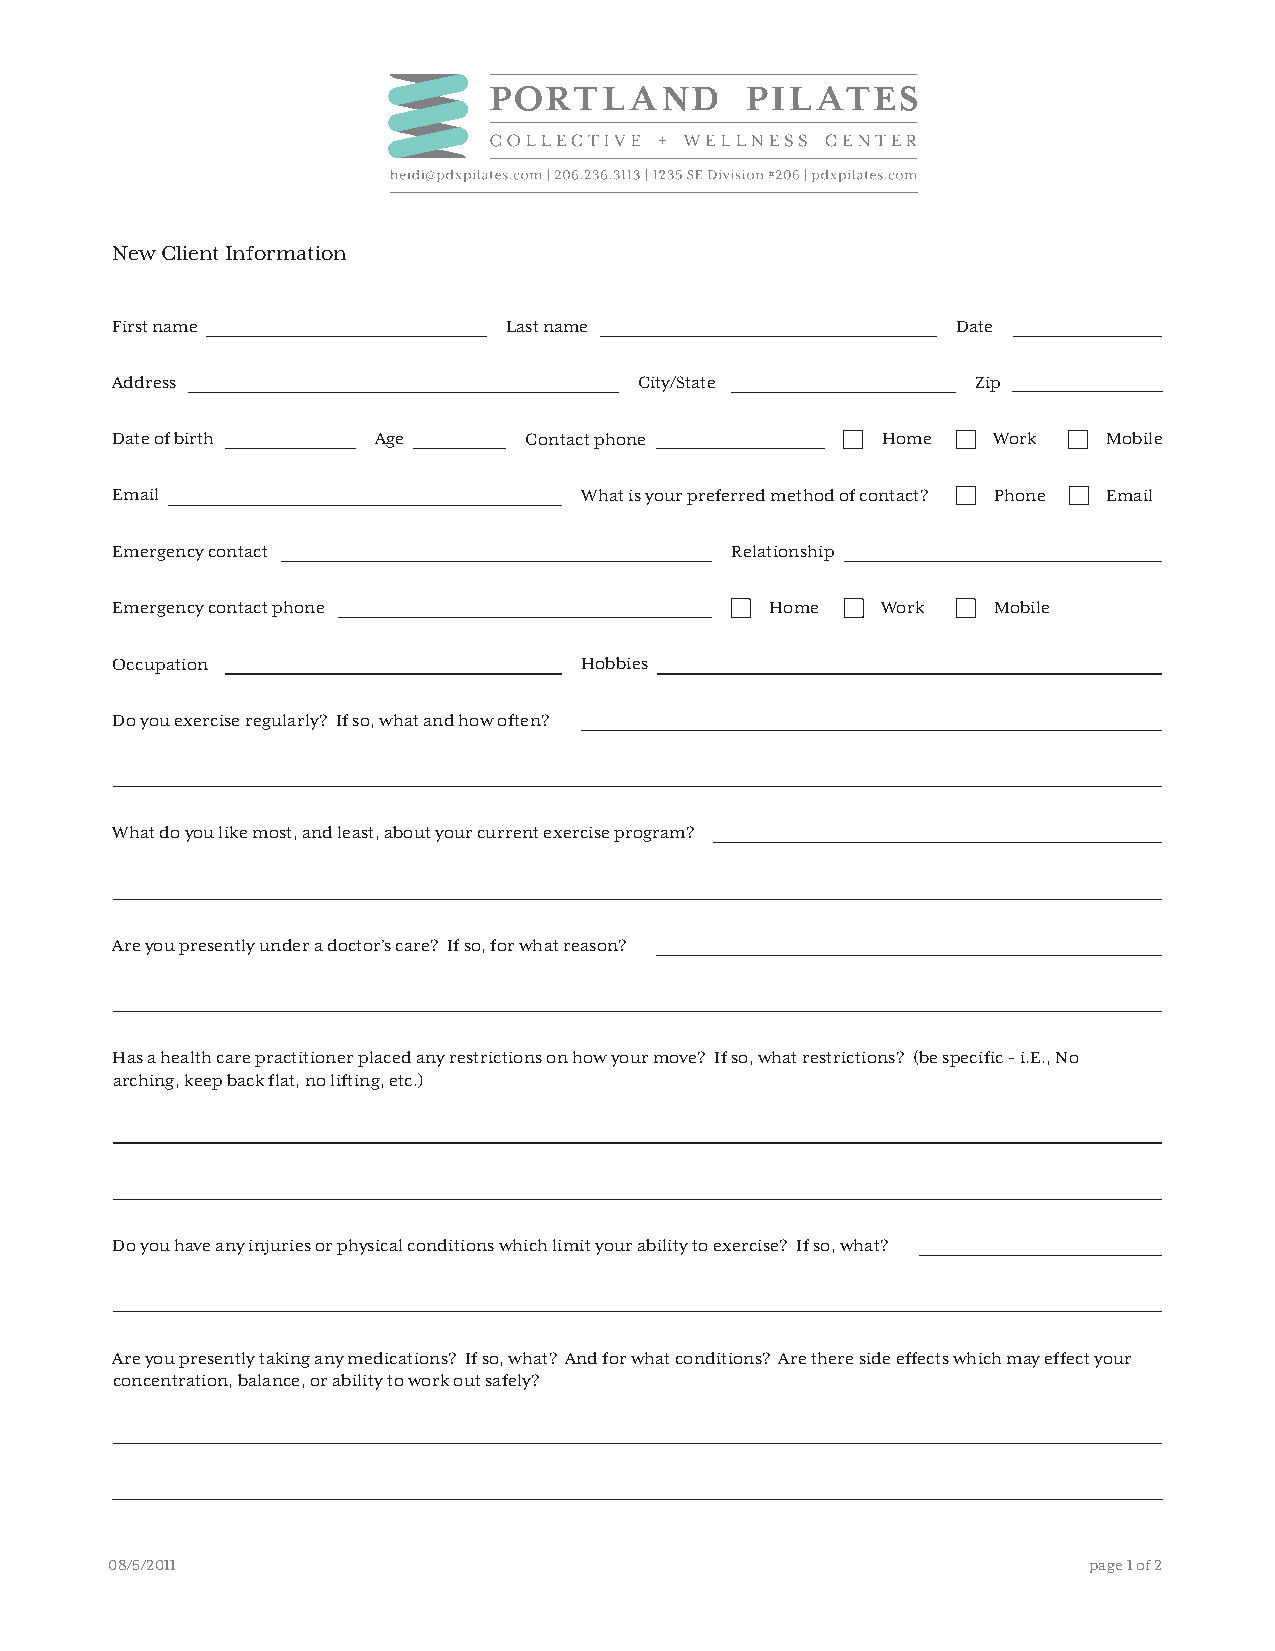
New Client Information
 First name                 Last name                    Date
 Address                            City/State             Zip
 Date of birth     Age       Contact phone          Home    Work   Mobile
 Email                          What is your preferred method of contact? Phone Email
 Emergency contact                        Relationship
 Emergency contact phone                     Home   Work    Mobile
 Occupation                     Hobbies
 Do you exercise regularly? If so, what and how often?
 What do you like most, and least, about your current exercise program?
 Are you presently under a doctor’s care? If so, for what reason?
 Has a health care practitioner placed any restrictions on how your move? If so, what restrictions? (be specific - i.E., No
 arching, keep back flat, no lifting, etc.)
 Do you have any injuries or physical conditions which limit your ability to exercise? If so, what?
 Are you presently taking any medications? If so, what? And for what conditions? Are there side effects which may effect your
 concentration, balance, or ability to work out safely?
 08/5/2011                                                        page 1 of 2